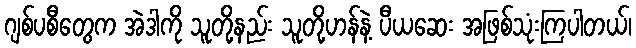
ဂျစ်ပစီတွေက အဲဒါကို သူတို့နည်း သူတို့ဟန်နဲ့ ပီယဆေး အဖြစ်သုံးကြပါတယ်၊